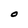
Character: O